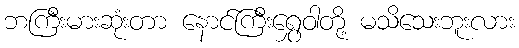
ဘကြီးမားဆုံးတာ နောင်ကြီးရွှေဝါတို့ မသိသေးဘူးလား